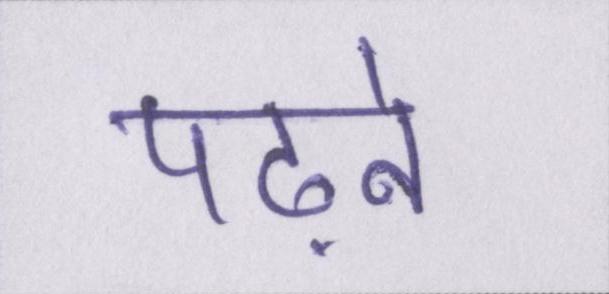
पढ़ने